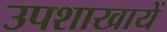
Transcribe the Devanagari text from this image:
उपशाखायें